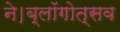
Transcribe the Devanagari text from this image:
ने।ब्लॉगोत्सव